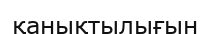
қанықтылығын